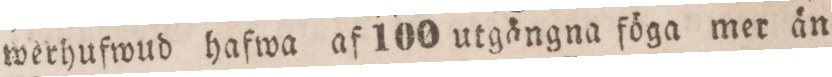
werhufwud hafwa af 100 utgängna föga mer än